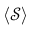
\langle \mathcal { S } \rangle